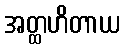
အတ္ထဟိတာယ